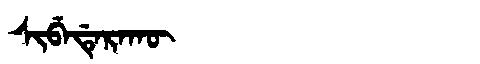
Manchu: ᠰᡳᠪᡝᡩᡝᡵᠠᡴᡡ
Romanization: SIBEDERAKŪ